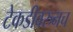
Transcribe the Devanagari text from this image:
टेकडीवरुनच